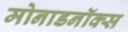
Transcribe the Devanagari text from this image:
मोनाडनॉक्स